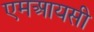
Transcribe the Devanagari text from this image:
एमआयसी